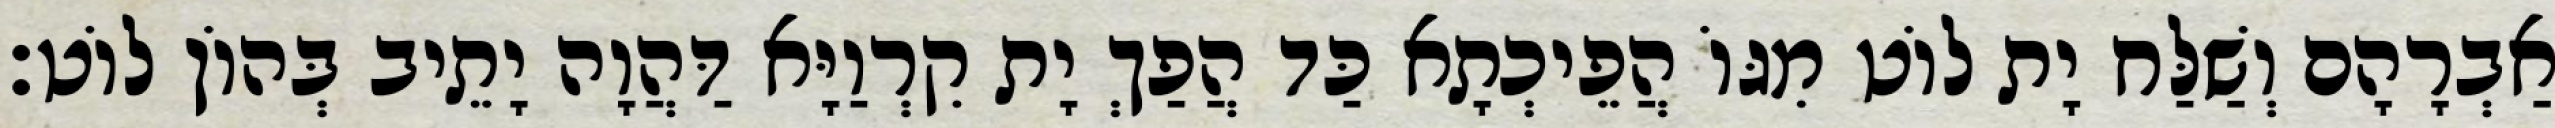
אַבְרָהָם וְשַׁלַּח יָת לוֹט מִגּוֹ הֲפֵיכְתָא כַּד הֲפַךְ יָת קִרְוַיָּא דַּהֲוָה יָתֵיב בְּהוֹן לוֹט׃